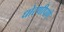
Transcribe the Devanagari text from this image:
धोरणीपणे